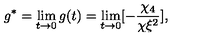
g ^ { * } = \lim _ { t \rightarrow 0 } g ( t ) = \lim _ { t \rightarrow 0 } [ - { \frac { \chi _ { 4 } } { \chi \xi ^ { 2 } } } ] ,